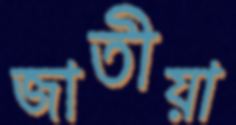
জাতীয়া